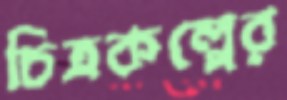
চিত্রকল্পের